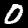
Digit: 0